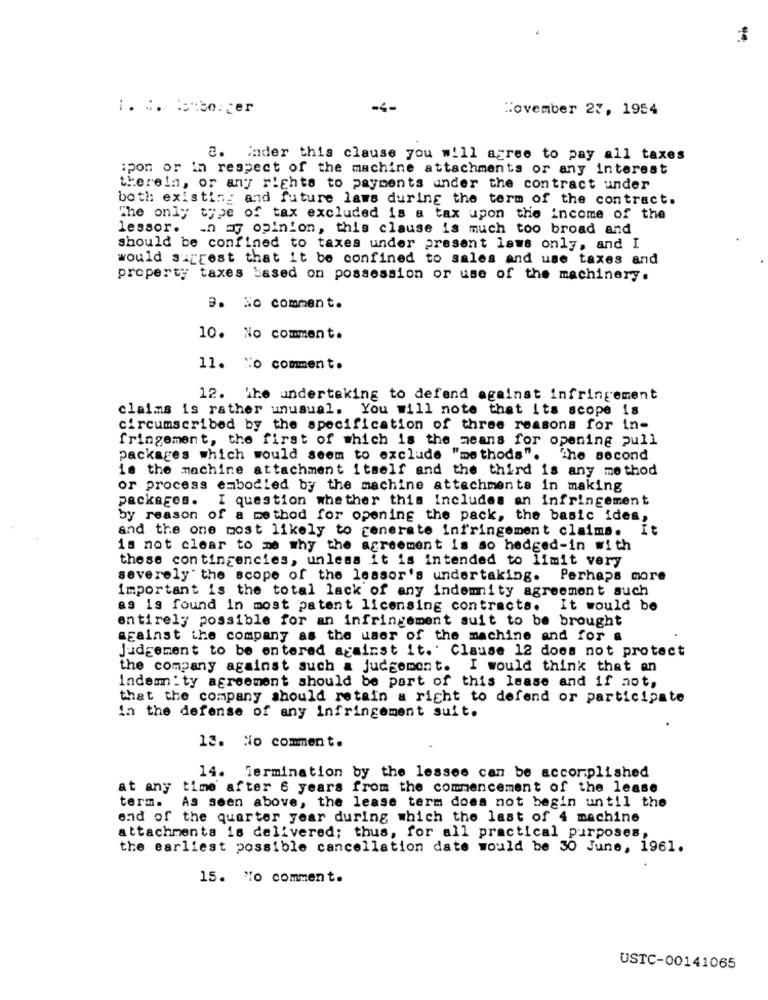
-4-
November 27, 1954
2. inder this clause you will agree to pay all taxes
ipon or in respect of the machine attachments or any interest
therein, or any rights to payments under the contract under
both existing and future laws during the term of the contract.
The only type of tax excluded is a tax upon the income of the
lessor.
in my opinion, this clause is much too broad and
should be confined to taxes under present laws only, and I
would suggest that it be confined to sales and use taxes and
property taxes based on possession or use of the machinery.
9. No comment.
10. No comment.
11. No comment.
12. The undertaking to defend against infringement
claims is rather unusual. You will note that its scope is
circumscribed by the specification of three reasons for in-
fringement, the first of which is the means for opening pull
packages which would seem to exclude "methods". The second
is the machine attachment itself and the third is any method
or process embodied by the machine attachments in making
packages.
I question whether this includes an infringement
by reason of a method for opening the pack, the basic ides,
and the one most likely to generate infringement claims.
It
is not clear to me why the agreement is so hedged-in with
these contingencies, unless it is intended to limit very
severely' the scope of the lessor's undertaking. Perhaps more
important is the total lack of any indemnity agreement auch
as is found in most patent licensing contracts. It would be
entirely possible for an infringement suit to be brought
against the company as the user of the machine and for a
Judgement to be entered against it. Clause 12 does not protect
the company against such a judgement. I would think that en
indemnity agreement should be part of this lease and if not,
that the company should retain a right to defend or participate
in the defense of any infringement suit.
13. No comment.
14. Termination by the lessee can be accomplished
at any time after 6 years from the commencement of the lease
term. As seen above, the lease term does not begin until the
end of the quarter year during which the last of 4 machine
attachments is delivered; thus, for all practical purposes,
the earliest possible cancellation date would be 30 June, 1961.
15. "o comment.
USTC-00141065